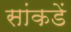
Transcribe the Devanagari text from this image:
सांकडें